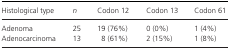
<table><thead><tr><td><b>Histological type</b></td><td><b><i>n</i></b></td><td><b>Codon 12</b></td><td><b>Codon 13</b></td><td><b>Codon 61</b></td></tr></thead><tbody><tr><td>Adenoma</td><td>25</td><td>19 (76%)</td><td>0 (0%)</td><td>1 (4%)</td></tr><tr><td>Adenocarcinoma</td><td>13</td><td>8 (61%)</td><td>2 (15%)</td><td>1 (8%)</td></tr></tbody></table>